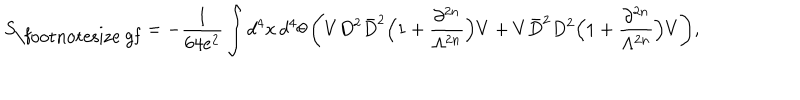
S _ { \mathrm { \footnotesize ~ g f } } = - \frac { 1 } { 6 4 e ^ { 2 } } \int d ^ { 4 } x \, d ^ { 4 } \theta \, \Bigg ( V D ^ { 2 } \bar { D } ^ { 2 } \Big ( 1 + \frac { \partial ^ { 2 n } } { \Lambda ^ { 2 n } } \Big ) V + V \bar { D } ^ { 2 } D ^ { 2 } \Big ( 1 + \frac { \partial ^ { 2 n } } { \Lambda ^ { 2 n } } \Big ) V \Bigg ) ,